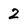
Character: 2